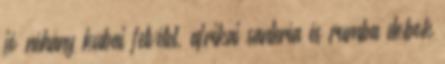
jó néhány kubai felvétel, afrikai santería és rumba dobok